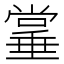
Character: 𫵌